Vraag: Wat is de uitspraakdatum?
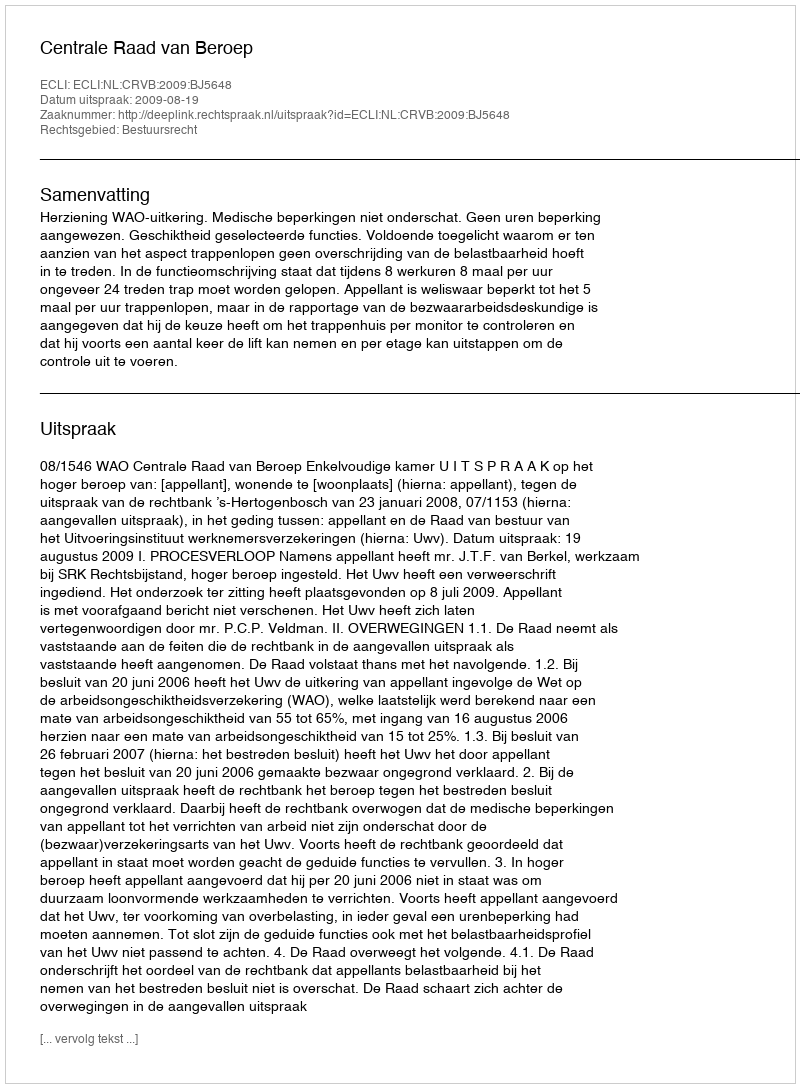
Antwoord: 2009-08-19